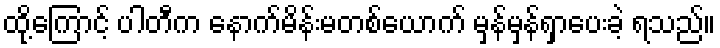
ထို့ကြောင့် ပါတီက နောက်မိန်းမတစ်ယောက် မှန်မှန်ရှာပေးခဲ့ ရသည်။